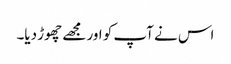
اس نے آپ کو اور مجھے چھوڑ دیا۔